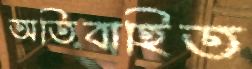
অতিবাহিত